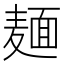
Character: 麺